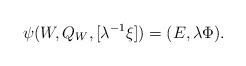
LaTeX: \begin{align*}\psi(W,Q_W,[\lambda^{-1}\xi]) = (E,\lambda\Phi).\end{align*}